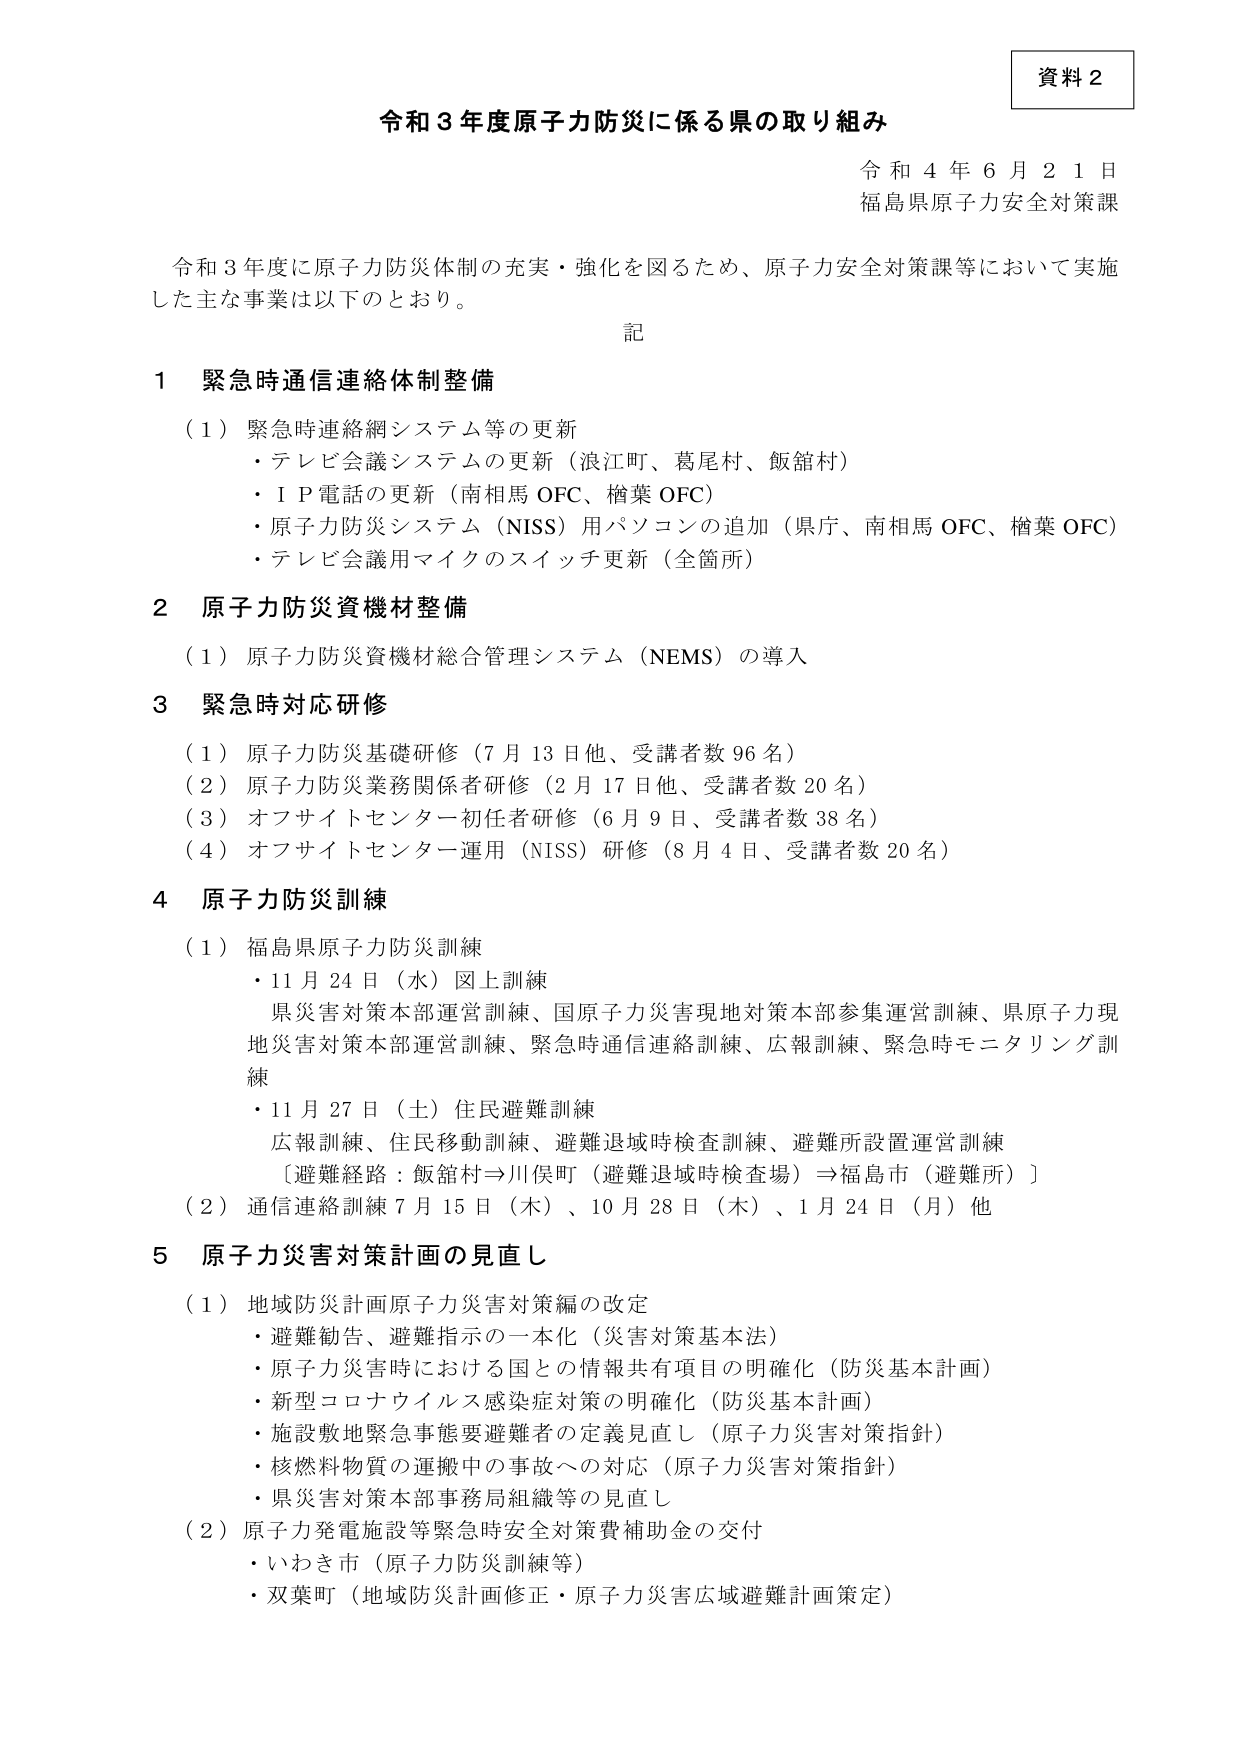
資料２

令和３年度原子力防災に係る県の取り組み

令和４年６月２１日
福島県原子力安全対策課

令和３年度に原子力防災体制の充実・強化を図るため、原子力安全対策課等において実施した主な事業は以下のとおり。

記

１ 緊急時通信連絡体制整備

（１）緊急時連絡網システム等の更新
・テレビ会議システムの更新（浪江町、葛尾村、飯舘村）
・ＩＰ電話の更新（南相馬OFC、楢葉OFC）
・原子力防災システム（NISS）用パソコンの追加（県庁、南相馬OFC、楢葉OFC）
・テレビ会議用マイクのスイッチ更新（全箇所）

２ 原子力防災資機材整備

（１）原子力防災資機材総合管理システム（NEMS）の導入

３ 緊急時対応研修

（１）原子力防災基礎研修（７月13日他、受講者数96名）
（２）原子力防災業務関係者研修（２月17日他、受講者数20名）
（３）オフサイトセンター初任者研修（６月９日、受講者数38名）
（４）オフサイトセンター運用（NISS）研修（８月４日、受講者数20名）

４ 原子力防災訓練

（１）福島県原子力防災訓練
・11月24日（水）図上訓練
県災害対策本部運営訓練、国原子力災害現地対策本部参集運営訓練、県原子力現地災害対策本部運営訓練、緊急時通信連絡訓練、広報訓練、緊急時モニタリング訓練
・11月27日（土）住民避難訓練
広報訓練、住民移動訓練、避難退域時検査訓練、避難所設置運営訓練
〔避難経路：飯舘村⇒川俣町（避難退域時検査場）⇒福島市（避難所）〕
（２）通信連絡訓練 7月15日（木）、10月28日（木）、1月24日（月）他

５ 原子力災害対策計画の見直し

（１）地域防災計画原子力災害対策編の改定
・避難勧告、避難指示の一本化（災害対策基本法）
・原子力災害時における国との情報共有項目の明確化（防災基本計画）
・新型コロナウイルス感染症対策の明確化（防災基本計画）
・施設敷地緊急事態要避難者の定義見直し（原子力災害対策指針）
・核燃料物質の運搬中の事故への対応（原子力災害対策指針）
・県災害対策本部事務局組織等の見直し
（２）原子力発電施設等緊急時安全対策費補助金の交付
・いわき市（原子力防災訓練等）
・双葉町（地域防災計画修正・原子力災害広域避難計画策定）